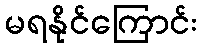
မရနိုင်ကြောင်း